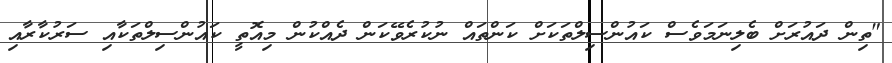
"ތިން ދައުރަށް ބެލިނަމަވެސް ކައުންސިލްތަކަށް ކަންތައް ނުކުރެވޭކަން ދެއްކުން މިއޮތީ ކައުންސިލްތަކާއި ސަރުކާރާއި